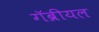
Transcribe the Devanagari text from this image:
गॅब्रीयल